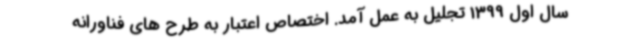
سال اول 1399 تجلیل به عمل آمد. اختصاص اعتبار به طرح های فناورانه